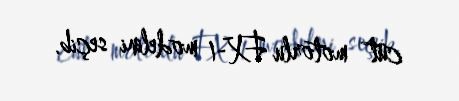
cüt motorlu FX-1 modelini seçib.